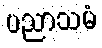
ပညာသမံ